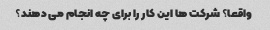
واقعا؟ شرکت ها این کار را برای چه انجام می دهند؟